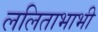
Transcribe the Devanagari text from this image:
ललिताभाभी